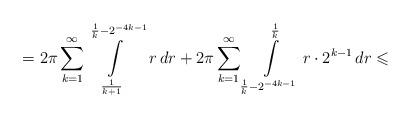
LaTeX: \begin{align*}=2\pi\sum\limits_{k=1}^{\infty}\int\limits_{\frac{1}{k+1}}^{\frac{1}{k}-2^{-4k-1}}\,r\,dr+2\pi\sum\limits_{k=1}^{\infty}\int\limits_{\frac{1}{k}-2^{-4k-1}}^{\frac{1}{k}}r\cdot 2^{k-1}\,dr\leqslant\end{align*}